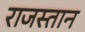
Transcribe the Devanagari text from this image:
राजस्तान